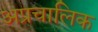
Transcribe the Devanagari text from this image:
अप्रचालिक